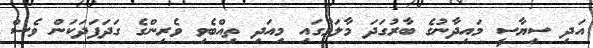
އަދި ސިޔާސީ މައިދާނުގެ ބާރުގަދަ މާލަމުގައި މިއަދި ތިއްބެވި ވެރިންގެ ގަދަފަދަކަން ވެސް